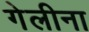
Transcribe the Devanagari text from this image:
गेलीना